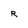
Character: R